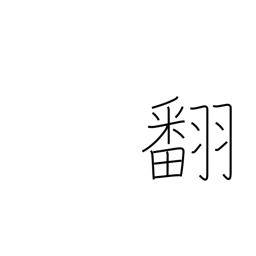
Meaning: change (mind)